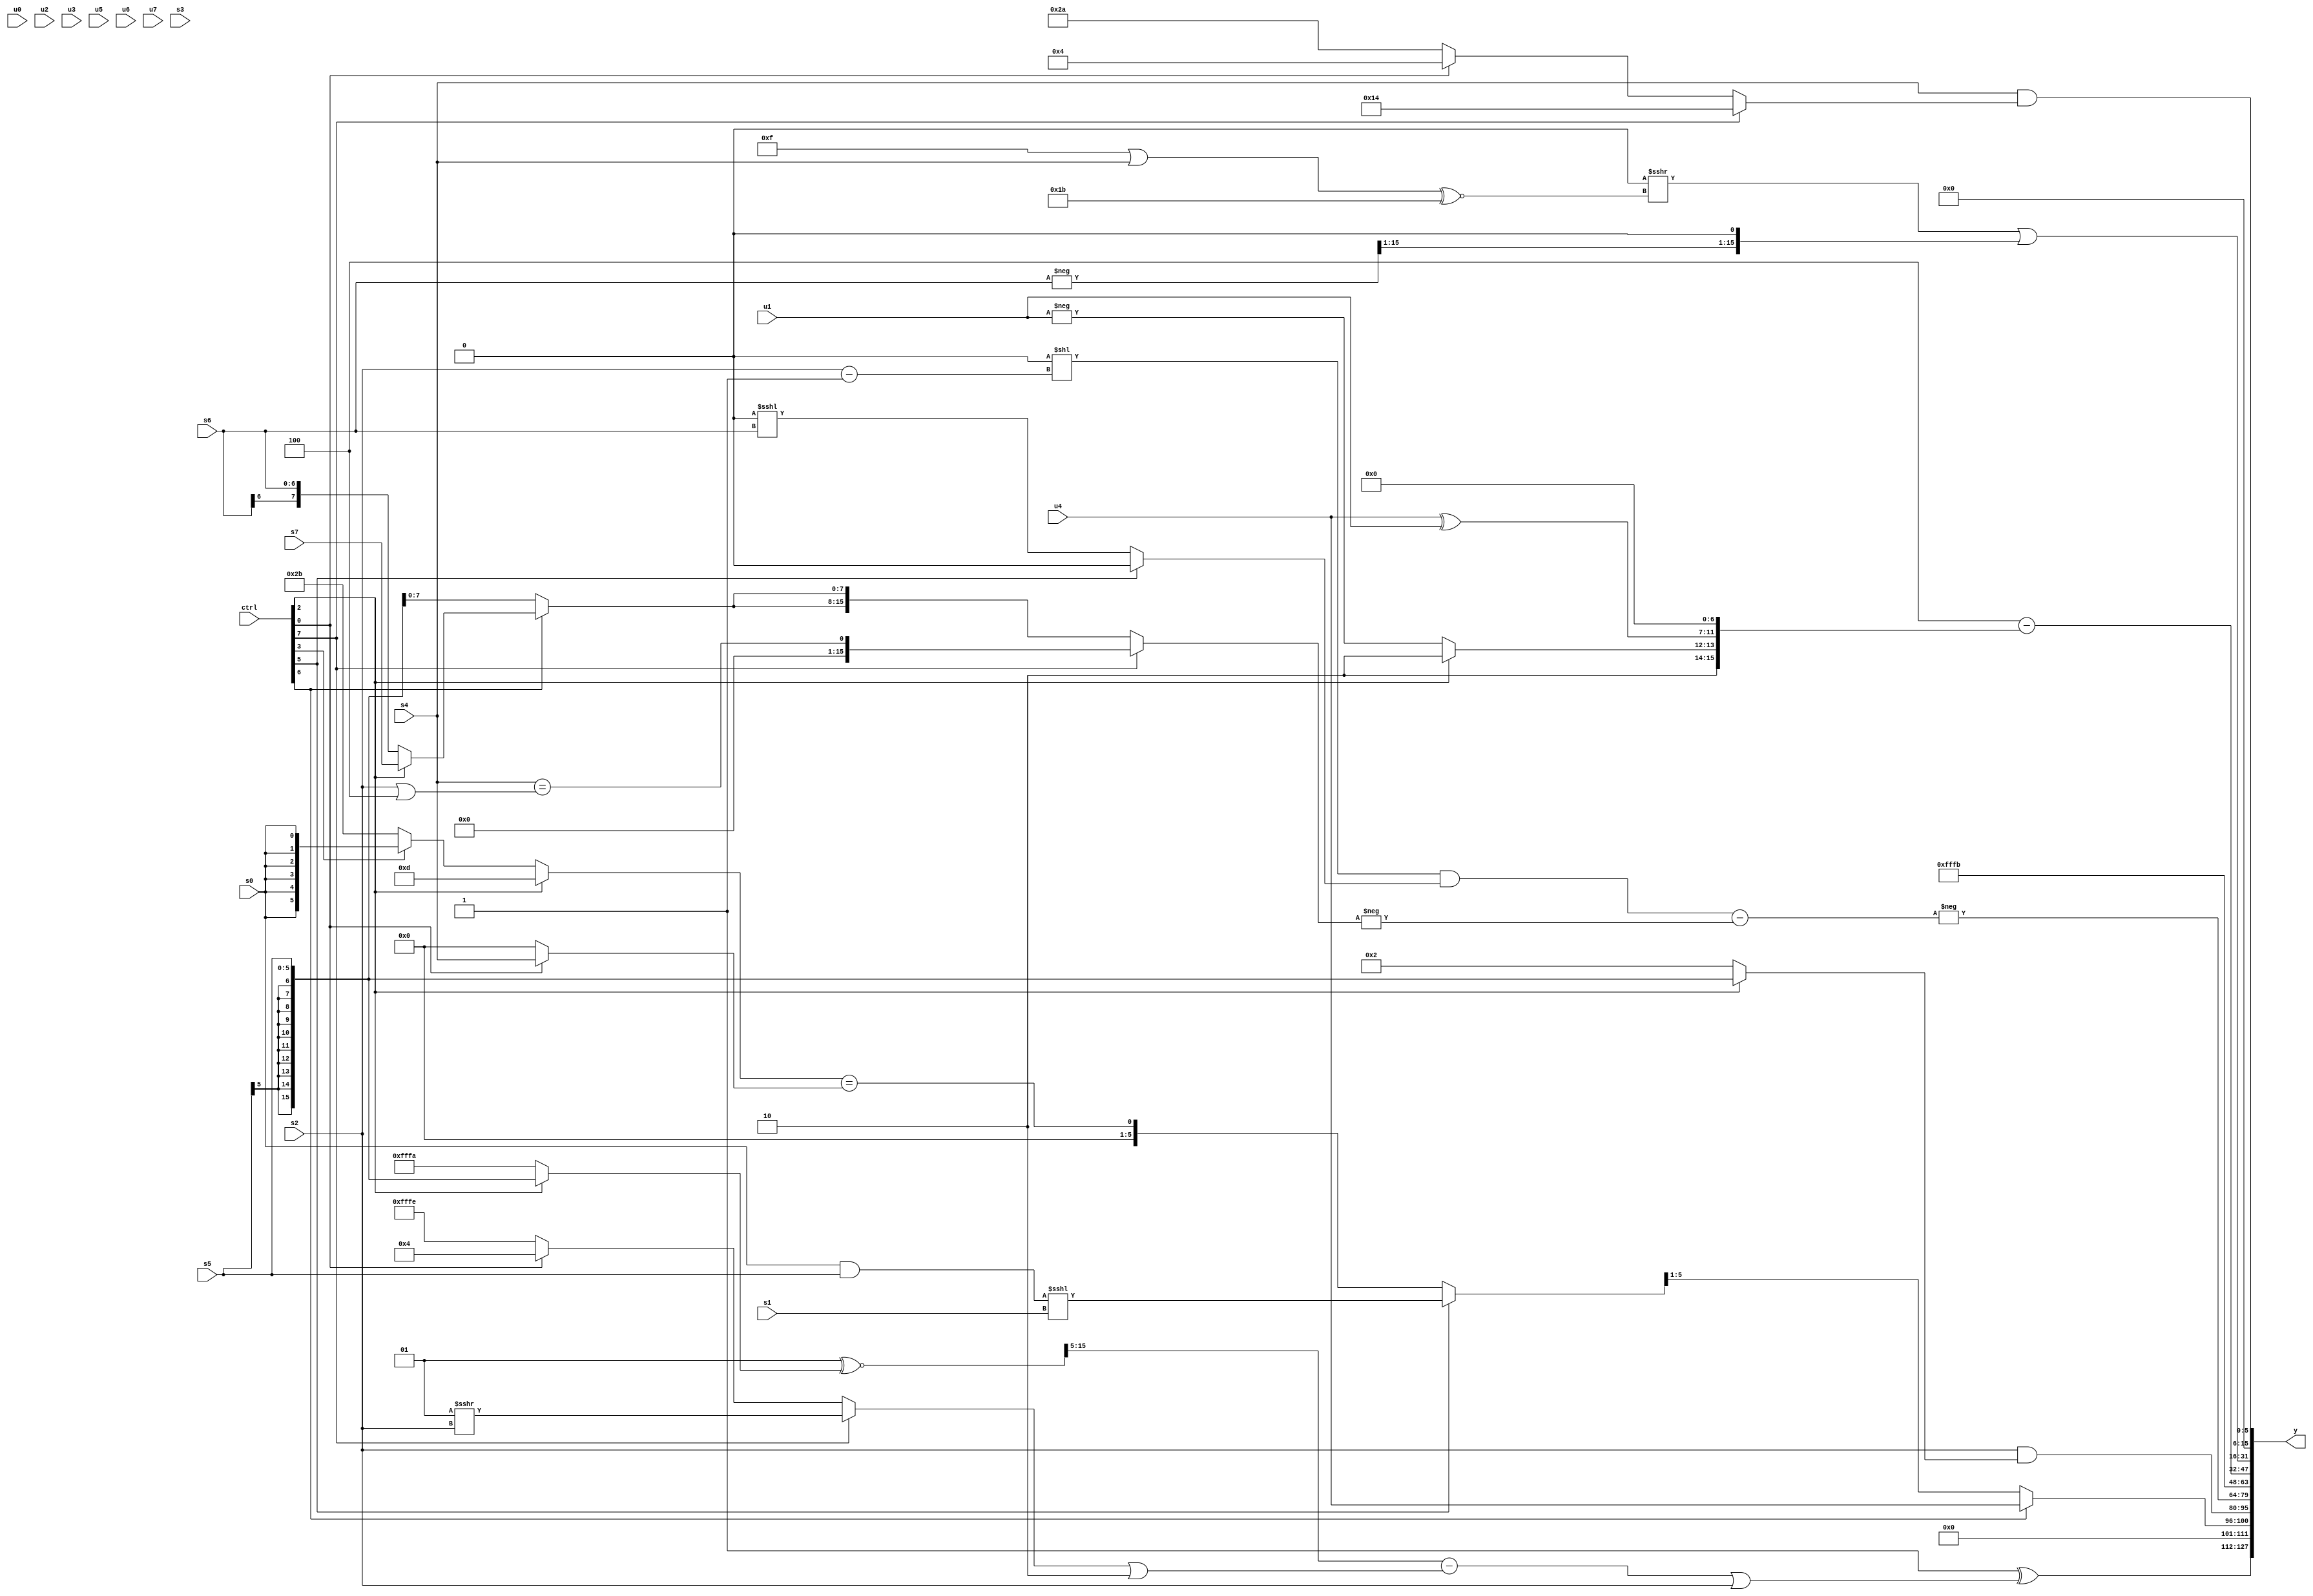
module wideexpr_00285(ctrl, u0, u1, u2, u3, u4, u5, u6, u7, s0, s1, s2, s3, s4, s5, s6, s7, y);
  input [7:0] ctrl;
  input [0:0] u0;
  input [1:0] u1;
  input [2:0] u2;
  input [3:0] u3;
  input [4:0] u4;
  input [5:0] u5;
  input [6:0] u6;
  input [7:0] u7;
  input signed [0:0] s0;
  input signed [1:0] s1;
  input signed [2:0] s2;
  input signed [3:0] s3;
  input signed [4:0] s4;
  input signed [5:0] s5;
  input signed [6:0] s6;
  input signed [7:0] s7;
  output [127:0] y;
  wire [15:0] y0;
  wire [15:0] y1;
  wire [15:0] y2;
  wire [15:0] y3;
  wire [15:0] y4;
  wire [15:0] y5;
  wire [15:0] y6;
  wire [15:0] y7;
  assign y = {y0,y1,y2,y3,y4,y5,y6,y7};
  assign y0 = (-(4'sb0001))^(((((4'sb0001)^~((ctrl[2]?$signed(s5):$signed(4'sb1010))))>>>($unsigned((+(4'sb0110))-(2'sb01))))-(((ctrl[7]?(2'sb01)>>>(s2):(ctrl[0]?(5'sb01000)+(3'sb100):2'sb10)))|((2'sb10)>>((5'b11010)>>>($unsigned(5'sb11001))))))|(s2));
  assign y1 = (ctrl[6]?(ctrl[6]?u4:(ctrl[2]?(ctrl[0]?({3{s2}})<<(-(s4)):(!(u4))>>>(3'b110)):u4)):((ctrl[5]?$signed(((s0)&(s5))<<<(s1)):((ctrl[2]?5'sb01101:(ctrl[3]?s0:6'sb101011)))==(+((ctrl[0]?s4:1'sb0)))))>>>(1'sb1));
  assign y2 = (s2)&((ctrl[2]?$signed(s5):5'sb00010));
  assign y3 = -($signed((((((~^(6'b001100))<<<(-(u6)))<<<(6'sb111101))<<((s2)-(+($signed(2'sb11)))))&((ctrl[5]?$signed(1'sb0):^((~^(4'sb1000))<<<(s6)))))-(-((ctrl[7]?($signed(s4))==((s2)|($signed(4'sb1100))):{2{(ctrl[6]?(ctrl[2]?s7:s6):$signed(s5))}})))));
  assign y4 = 6'sb111011;
  assign y5 = ({1{6'sb000100}})-(({+(-(6'sb000110)),(ctrl[2]?-(2'b10):-(u1)),$signed((u4)^(u1))})<<(-(4'sb1001)));
  assign y6 = ((+(~^((({4{6'b010101}})>>((3'sb001)+(5'sb00010)))^~({1{4'b1011}}))))>>>(((+((4'sb1111)|($unsigned(s4))))^~(-(+(3'sb101))))<<((($signed(s3))<<<({{s3},(6'sb010101)&(5'b10010),5'sb10000}))<<<((4'sb0110)-({2{(1'sb1)&(2'sb10)}})))))|(((-(s6))>>>(2'sb01))<<(2'sb01));
  assign y7 = {(s4)&($signed((ctrl[7]?$unsigned(5'sb10100):(ctrl[0]?3'b100:6'b101010))))};
endmodule